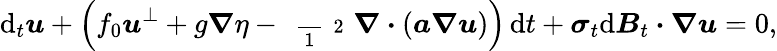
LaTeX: \mathrm{d}_{t}\boldsymbol{u}+\Big(f_{0}\boldsymbol{u}^{\perp}+g\boldsymbol{\nabla}\eta-\mathrm{~\scriptsize~\frac~{~1~}~{~2~}~}\boldsymbol{\nabla}\boldsymbol{\cdot}(\boldsymbol{a}\boldsymbol{\nabla}\boldsymbol{u})\Big)\, \mathrm{d}t+\boldsymbol{\sigma}_{t}\mathrm{d}\boldsymbol{B}_{t}\boldsymbol{\cdot}\boldsymbol{\nabla}\boldsymbol{u}=0,